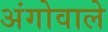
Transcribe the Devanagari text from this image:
अंगोवाले